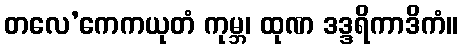
တလေ’ကေကယုတံ ကုမ္ဘ၊ ထုဏ ဒဒ္ဒရိကာဒိကံ။